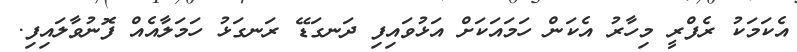
އެކަމަކު ރެފްރީ މިހާރު އެކަން ހަމައަކަށް އަޅުވައިފި ދަނގަޑޭ ރަނގަޅު ހަމަލާއެއް ފޮނުވާލައިފި.